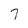
Character: 7